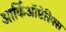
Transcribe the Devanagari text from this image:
आर्किऑप्टेरिक्स